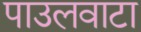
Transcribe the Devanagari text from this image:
पाउलवाटा